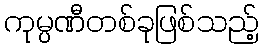
ကုမ္ပဏီတစ်ခုဖြစ်သည့်